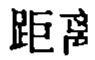
距离